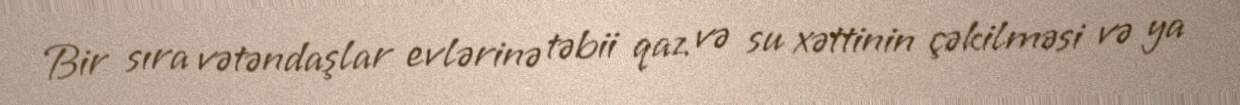
Bir sıra vətəndaşlar evlərinə təbii qaz və su xəttinin çəkilməsi və ya